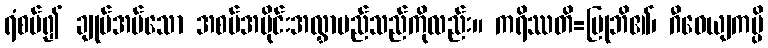
ရံစပ်၍ ချုပ်အပ်သော အစပ်အပိုင်းအလွှာမည်သည်ကိုလည်း။ ကရိဿတိ=ပြုဘိ၏၊ ဂီဝေယျကမ္ပိ